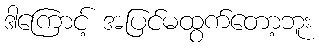
ဒါကြောင့် အပြင်မထွက်တော့ဘူး